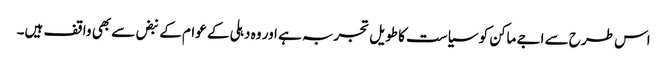
اس طرح سے اجے ماکن کو سیاست کا طویل تجربہ ہے اور وہ دہلی کے عوام کے نبض سے بھی واقف ہیں۔